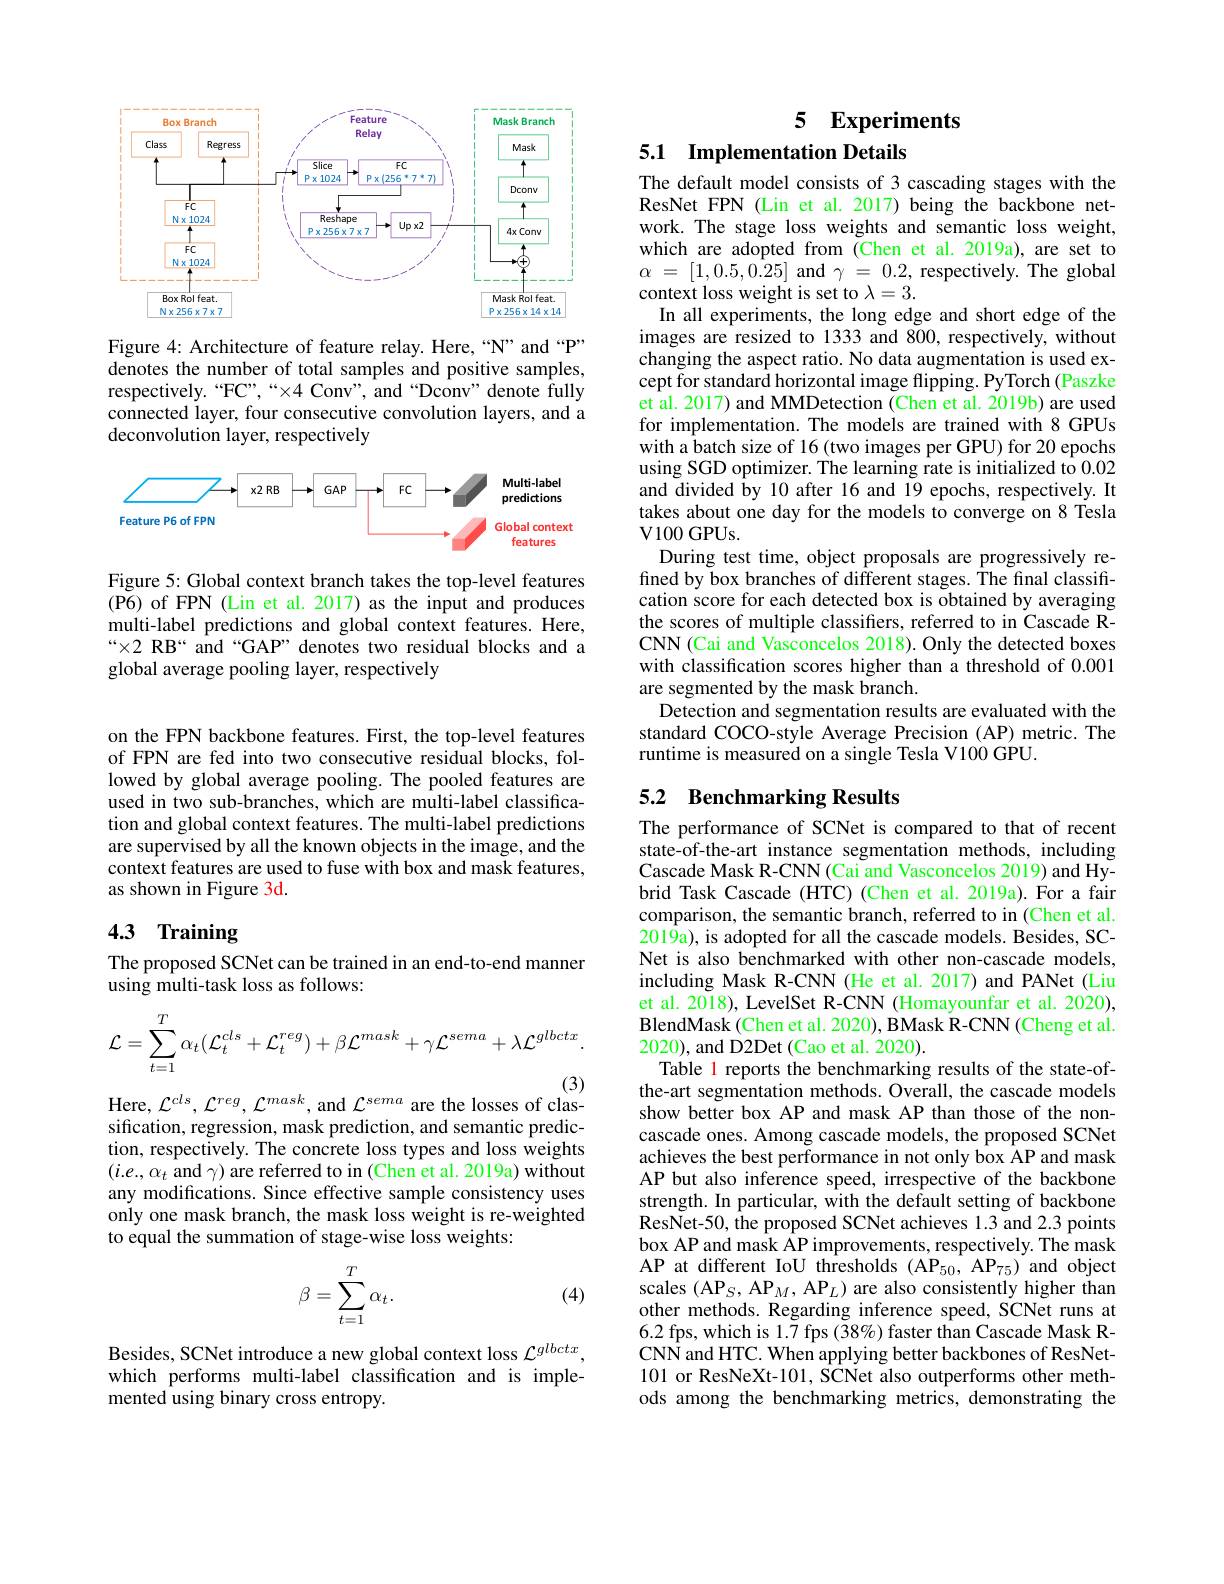
<FigureHere>

Figure 4: Architecture of feature relay. Here,“N” and“P” denotes the number of total samples and positive samples, $respectively. “ FC” , “ \times 4$ Conv" , and“ Dconv" denote fully connected layer, four consecutive convolution layers, and a deconvolution layer, respectively

<FigureHere>

Figure 5: Global context branch takes the top-level features (P6) of FPN (Lin et al. 2017) as the input and produces multi-label predictions and global context features. Here, $“\times2 RB“ and “GAP” denotes two residual blocks and a$ global average pooling layer, respectively

on the FPN backbone features. First, the top-level features of FPN are fed into two consecutive residual blocks, followed by global average pooling. The pooled features are used in two sub-branches, which are multi-label classification and global context features. The multi-label predictions are supervised by all the known objects in the image, and the context features are used to fuse with box and mask features, as shown in Figure 3d.

# 4.3 Training

The proposed SCNet can be trained in an end-to-end manner
using multi-task loss as follows:
$$\mathcal{L}=\sum_{t=1}^{T}\alpha_{t}(\mathcal{L}_{t}^{cls}+\mathcal{L}_{t}^{reg})+\beta\mathcal{L}^{mask}+\gamma\mathcal{L}^{sema}+\lambda\mathcal{L}^{glbctx}.$$
Here, $\mathcal{L}^{cls},\mathcal{L}^{reg},\mathcal{L}^{mask}$, and $\mathcal{L}^{sema}$ are the losses of clas-

sification, regression, mask prediction, and semantic prediction, respectively. The concrete loss types and loss weights $(i.e.,\alpha_t$ and $\gamma)$ are referred to in (Chen et al. 2019a) without any modifications. Since effective sample consistency uses only one mask branch, the mask loss weight is re-weighted to equal the summation of stage-wise loss weights:
$$\beta=\sum_{t=1}^T\alpha_t.$$
(4)

Besides, SCNet introduce a new global context loss $\mathcal{L}^glbctx$, which performs multi-label classification and is implemented using binary cross entropy.

5 Experiments

5.1 Implementation Details

The default model consists of 3 cascading stages with the ResNet FPN (Lin et al.2017) being the backbone network. The stage loss weights and semantic loss weight, which are adopted from (Chen et al.2019a), are set to $\alpha$ = [1,0.5,0.25] and$\gamma$ = 0.2,respectively.The global context loss weight is set to $\lambda=3.$
In all experiments, the long edge and short edge of the images are resized to 1333 and 800, respectively, without changing the aspect ratio. No data augmentation is used except for standard horizontal image flipping. PyTorch (Paszke et al. 2017) and MMDetection (Chen et al. 2019b) are used for implementation. The models are trained with 8 GPUs with a batch size of 16 (two images per GPU) for 20 epochs using SGD optimizer. The learning rate is initialized to 0.02 and divided by 10 after 16 and 19 epochs, respectively. It takes about one day for the models to converge on 8 Tesla $\mathbf{V}100$GPUs.
During test time, object proposals are progressively refined by box branches of different stages. The final classification score for each detected box is obtained by averaging the scores of multiple classifiers, referred to in Cascade RCNN (Cai and Vasconcelos 2018). Only the detected boxes with classification scores higher than a threshold of 0.001 are segmented by the mask branch.
Detection and segmentation results are evaluated with the standard COCO-style Average Precision (AP) metric. The runtime is measured on a single Tesla V100 GPU.

## 5.2 Benchmarking Results

The performance of SCNet is compared to that of recent state-of-the-art instance segmentation methods, including Cascade Mask R-CNN(Cai and Vasconcelos 2019) and Hybrid Task Cascade (HTC) (Chen et al.2019a).For a fair comparison, the semantic branch, referred to in (Chen et al. $201\tilde{9}$a), is adopted for all the cascade models. Besides, SCNet is also benchmarked with other non-cascade models, including Mask R-CNN (He et al. 2017) and PANet (Liu et al. 2018), LevelSet R-CNN (Homayounfar et al. 2020), BlendMask (Chen et al. 2020), BMask R-CNN (Cheng et al. 2020), and D2Det (Cao et al. 2020).
Table 1 reports the benchmarking results of the state-ofthe-art segmentation methods. Overall, the cascade models show better box AP and mask AP than those of the noncascade ones. Among cascade models, the proposed SCNet achieves the best performance in not only box AP and mask AP but also inference speed, irrespective of the backbone strength. In particular, with the default setting of backbone ResNet-50, the proposed SCNet achieves 1.3 and 2.3 points box AP and mask AP improvements, respectively. The mask AP at different IoU thresholds (AP$_50,\mathrm{~AP}_{75})$ and object scales $(\mathrm{AP}_{S},\mathrm{AP}_{M},\mathrm{AP}_{L})$ are also consistently higher than other methods. Regarding inference speed, SCNet runs at 6.2 fps, which is 1.7 fps (38%) faster than Cascade Mask RCNN and HTC. When applying better backbones of ResNet- 101 or ResNeXt-101, SCNet also outperforms other methods among the benchmarking metrics, demonstrating the